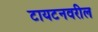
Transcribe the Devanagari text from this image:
टायटनवरील